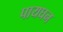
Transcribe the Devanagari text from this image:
पायघन